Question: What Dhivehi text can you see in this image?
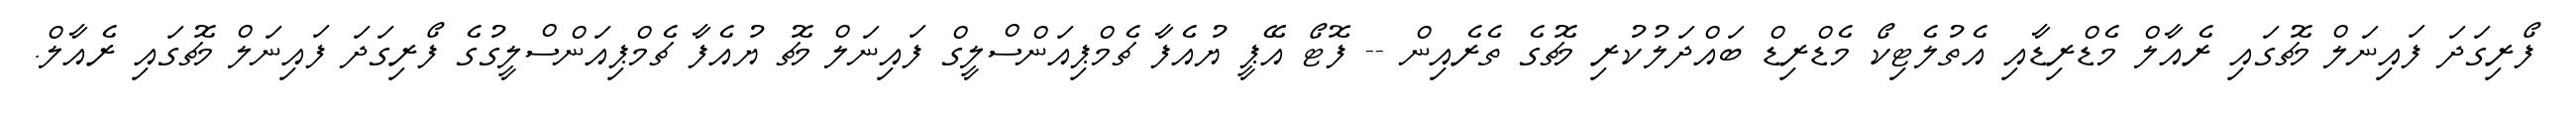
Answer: ފޯރިގަދަ ފައިނަލް މެޗުގައި ރެއާލް މެޑްރިޑާއި އެތުލެޓިކޯ މެޑްރިޑް ބައްދަލުކުރި މެޗުގެ ތެރެއިން -- ފޮޓޯ އޭޕީ ޔުއެފާ ޗެމްޕިއަންސްލީގް ފައިނަލް މެޗު ޔުއެފާ ޗެމްޕިއަންސްލީގުގެ ފޯރިގަދަ ފައިނަލް މެޗުގައި ރެއާލް.